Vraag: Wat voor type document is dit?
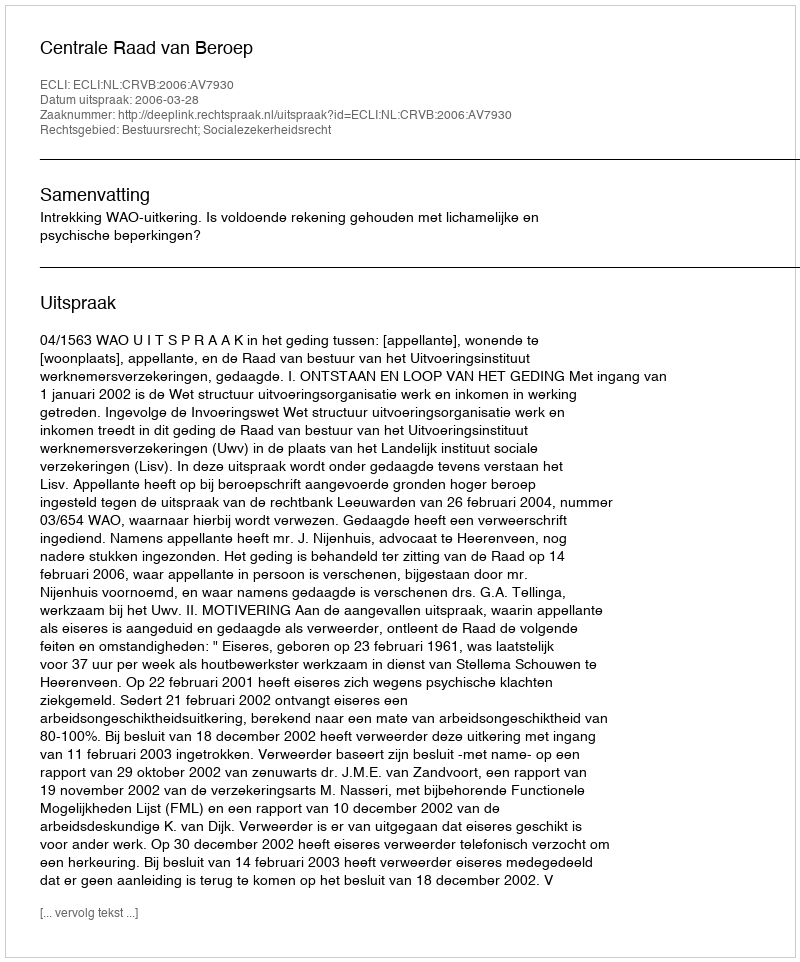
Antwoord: Uitspraak